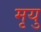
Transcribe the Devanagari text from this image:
मृयु